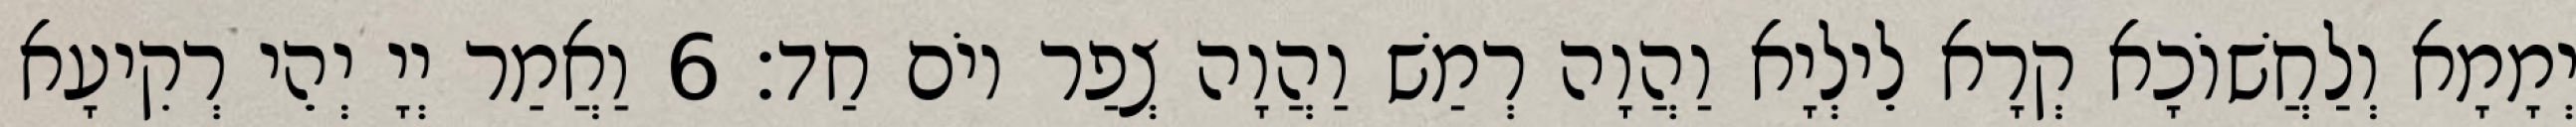
יְמָמָא וְלַחֲשׁוֹכָא קְרָא לֵילְיָא וַהֲוָה רְמַשׁ וַהֲוָה צְפַר יוֹם חַד׃ 6 וַאֲמַר יְיָ יְהֵי רְקִיעָא